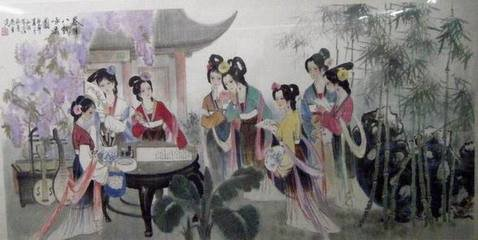
幽兰旋老，杜若还生，水乡尚寄旅。